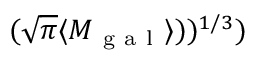
( \sqrt { \pi } \langle M _ { \mathrm { ~ g ~ a ~ l ~ } } \rangle ) ) ^ { 1 / 3 } )